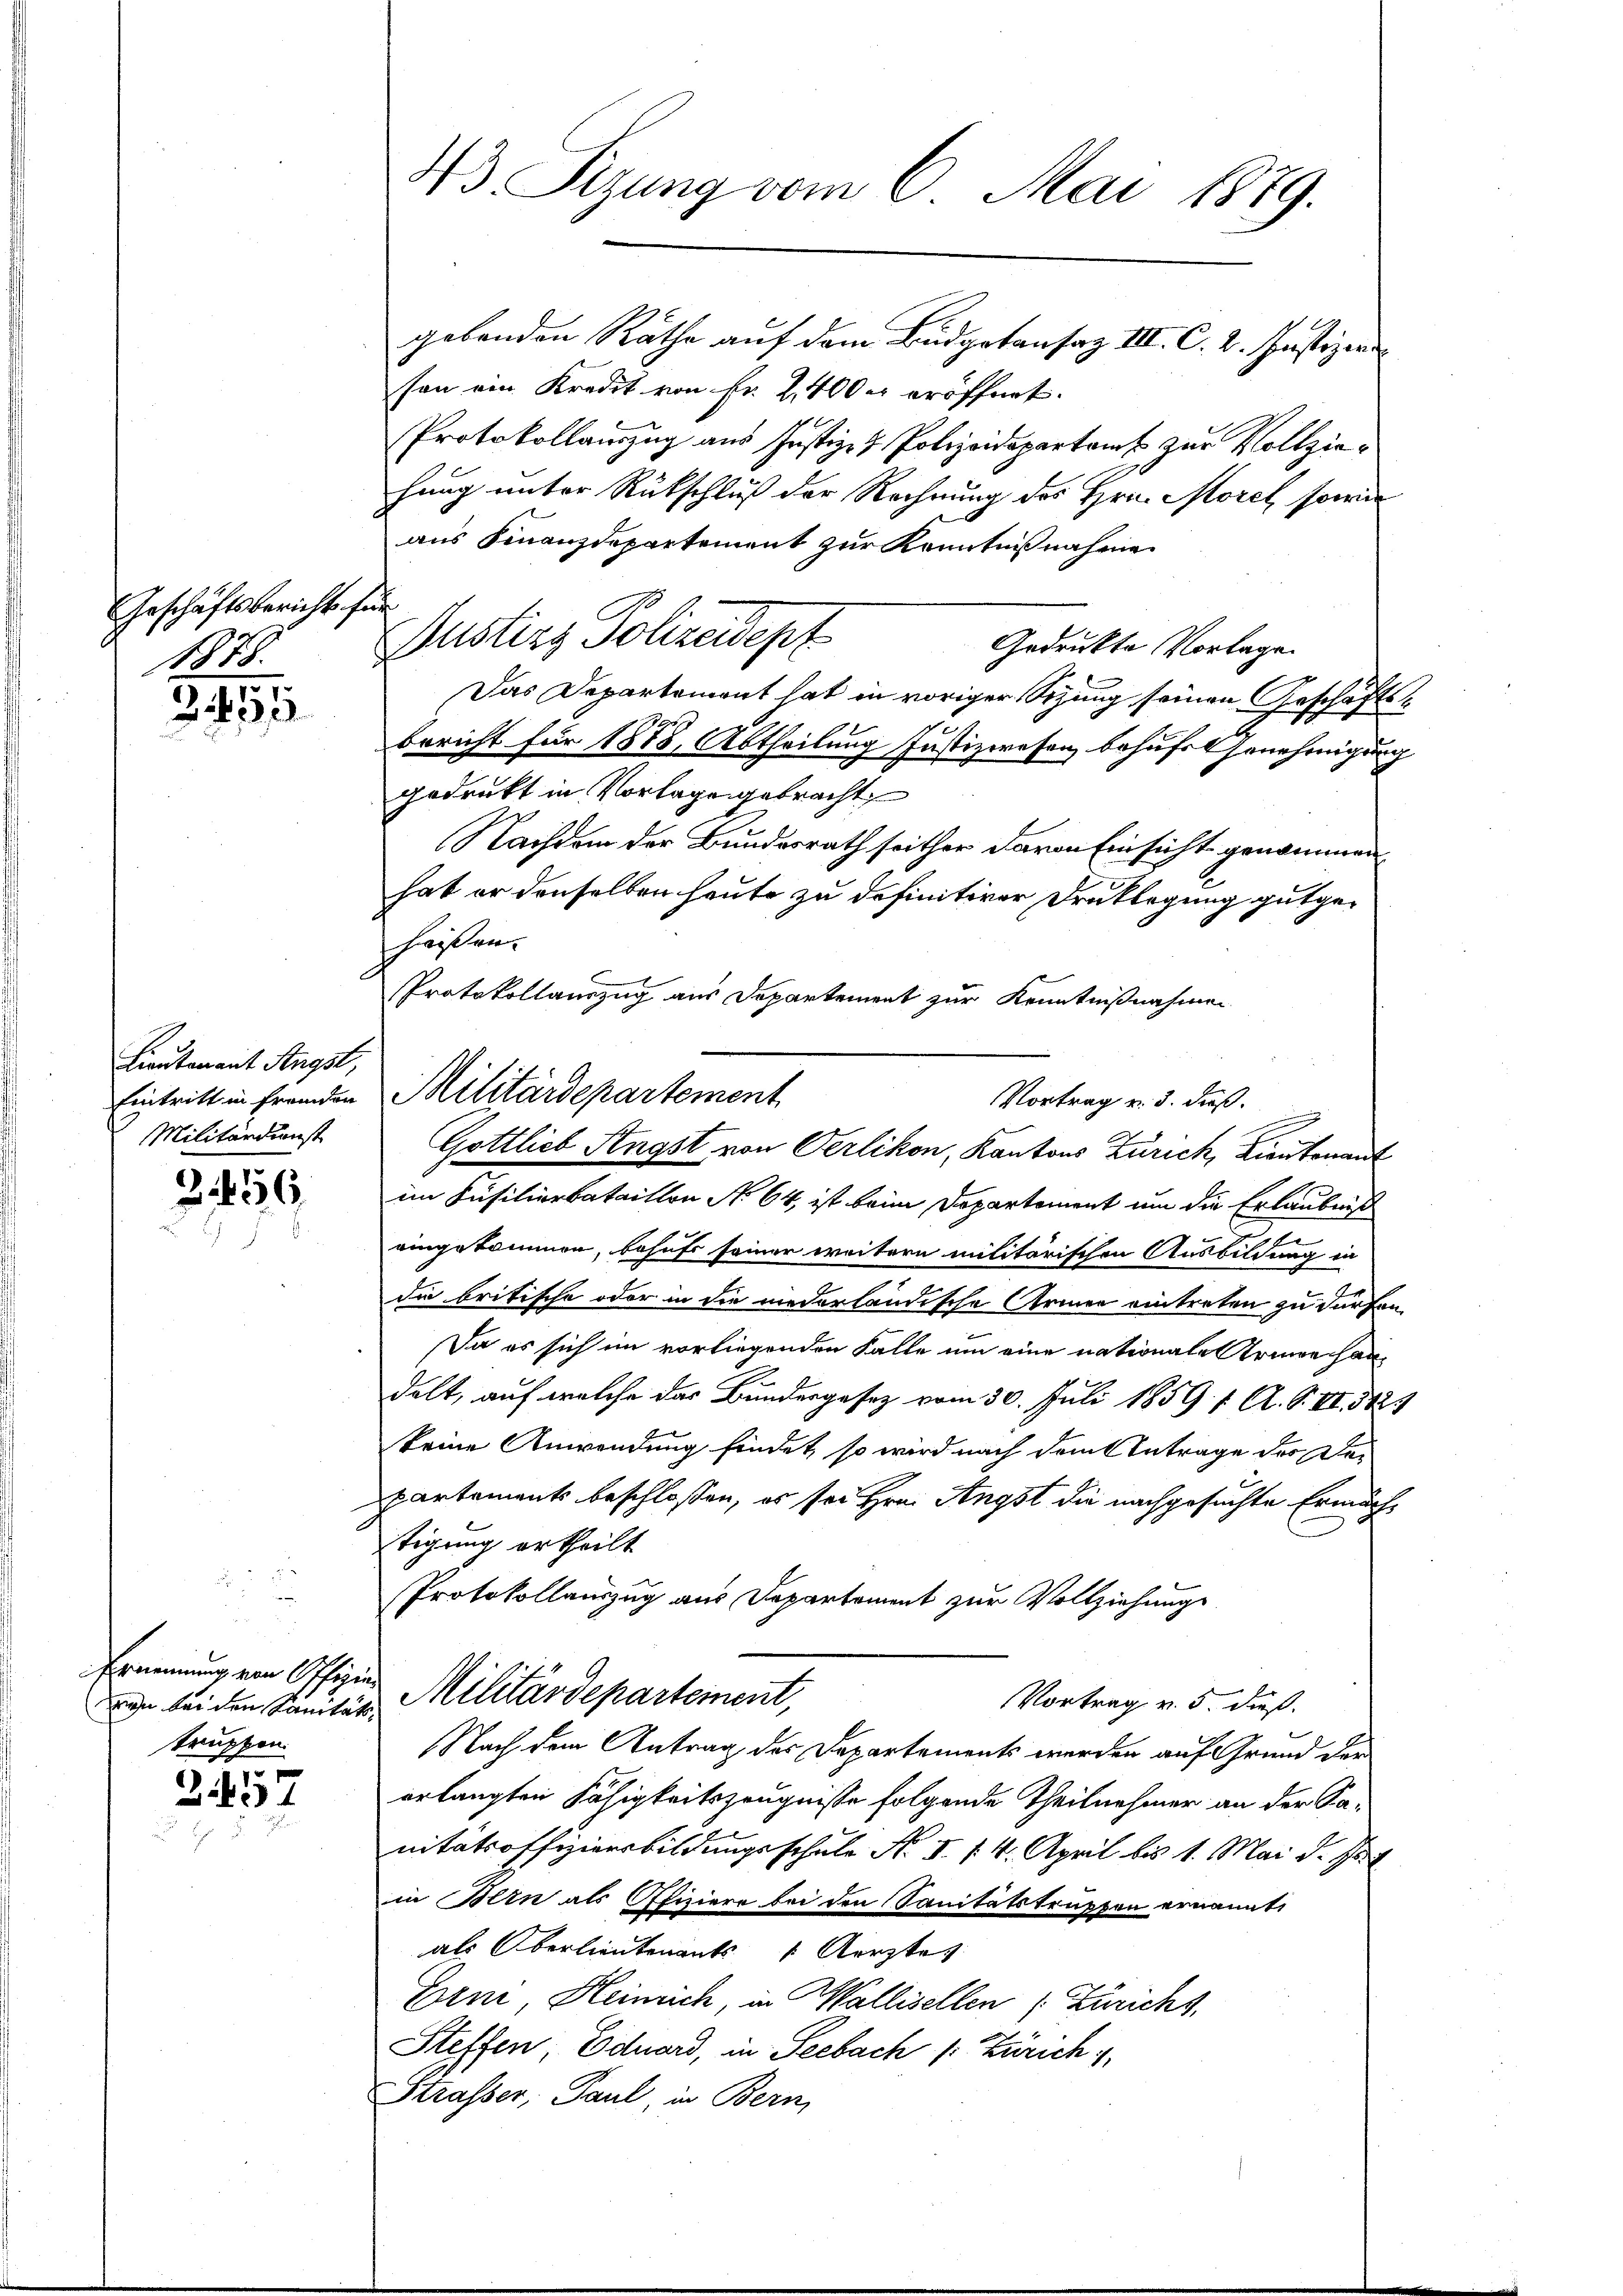
Geschäftsbericht für
1878.

295

Lieutenant Angst,
Militärdienst

1456.

rn bei den Sanitätstruppen.

2457

43 Sizung vom 6. Mai 1879.
gebenden Räthe auf dem Budgetansaz III. C. 2. Justizeri

son ein Kredit von Fr. 2400 er eröffnet.
Protokollauszug aus Justiz- & Polizeidepartamt zur Vollziehang unter Rückschluß der Rechnung des Hrn. Morel sowie
aus Finanzdepartement zur Kenntnißnahme
Gedruckte Vorlage.
Das Departement hat in voriger Sizung seinen Geschäfts¬
Bericht für 1888, Abtheilung Justizwesen behufs Genehmigung
gedruckt in Vorlage gebracht,
Nachdem der Bundesrath seither davon Einsicht genommen
hat er denselben heute zu definitiver Draklegung gutgehaisen.
Protokollauszug aus Departement zur Kenntnißnahmen
Vortrag u. 3. dieß.
e
Gottlieb Angst von Oerlikon, Kantons Zürich, Lieutenant
im Füsilierbataillon No 64, ist beim Departement um die Erlaubnis
u
eingekommen, behufs seiner weitern militärischen Ausbildung in
die britische oder in die niederländische Armen eintreten zu dürfen.
Da es sich im vorliegenden Falle um eine nationale Armeechandelt, auf welche das Bundergesez vom 30. Juli 1859. 1. A. S. VI. 8423
keine Anwendung findet, so wird nach dem Antrage der Departements beschlossen, es sei Hrn. Angst die nachgesuchte Ermächtigung ertheilt.
Protokollauszug aus Departement zur Vollziehung
Ernennung von Offizier Militärdepartement,
Vortrag v. 5. dieß.
Nach dem Antrag der Departements werden auf Grund der
erlangten Fähigkeitszeugnisse folgende Theilnehmer an der Sanitätsoffiziersbildungsschule No I. §. 4. April bis 1. Mai d. Just
in Bern als Ofiziere bei den Sanitätstruppen ernannt,
als Oberlieutenants Aerztes
Erm, Heinrich, in Wallisellen (Zürichs,
Steffen Eduard, in Seebach /: Zürich
Strasser, Paul in Bern,

ustizz Polizeidept

Eintritt in Fremden Militärdepartement